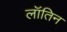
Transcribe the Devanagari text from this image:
लॉतिन